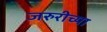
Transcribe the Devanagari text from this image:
जरुरीच्या